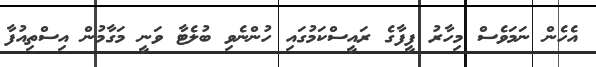
އެހެން ނަމަވެސް މިހާރު ފީފާގެ ރައީސްކަމުގައި ހުންނެވި ބުލެޓާ ވަނީ މަގާމުން އިސްތިއުފާ